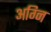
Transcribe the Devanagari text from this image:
अग्‍नि